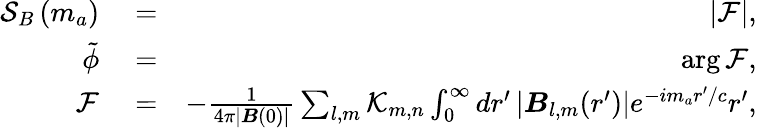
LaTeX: \begin{array}{rlr}{\mathcal S_{B}\left(m_{a}\right)}&{{}=}&{\left|\mathcal F\right|,}\\ {\tilde{\phi}}&{{}=}&{\arg\mathcal{F},}\\ {\mathcal F}&{{}=}&{-\frac{1}{4\pi\left|{\boldsymbol B}(0)\right|}\sum_{l,m}\mathcal K_{m,n}\int_{0}^{\infty}dr^{\prime}\left|\boldsymbol B_{l,m}(r^{\prime})\right|e^{-im_{a}r^{\prime}/c}r^{\prime},}\end{array}